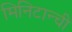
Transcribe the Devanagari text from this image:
मिनिटान्ची